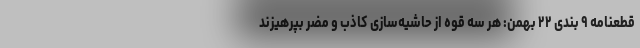
قطعنامه ۹ بندی ۲۲ بهمن: هر سه قوه از حاشیه‌سازی‌ کاذب و مضر بپرهیزند